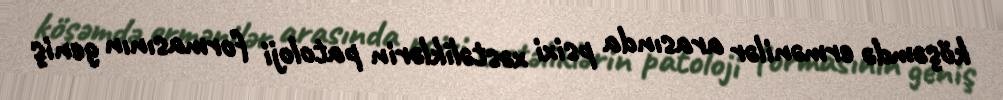
köşəmdə ermənilər arasında psixi xəstəliklərin patoloji formasının geniş